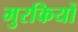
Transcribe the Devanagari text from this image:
मुरकियों